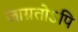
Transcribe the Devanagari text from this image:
जाग्रतोऽपि